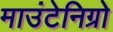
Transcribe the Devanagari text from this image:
माउंटेनिग्रो